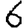
Digit: 6